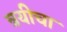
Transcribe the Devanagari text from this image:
त्रयीचा